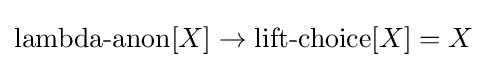
\operatorname {lambda-anon} [X]\to \operatorname {lift-choice} [X]=X